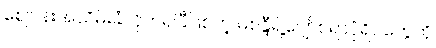
စျေဗန်းအသိမ်းခံလိုက်ရပြီဖြစ်တဲ့ မိစန္ဒီရဲ့ပျော်စရာပုံရိပ်တွေကို